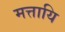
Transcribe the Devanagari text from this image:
मत्तायि